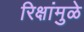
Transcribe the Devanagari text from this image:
रिक्षांमुळे